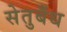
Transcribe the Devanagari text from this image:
सेतुबँध